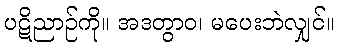
ပဋိညာဉ်ကို။ အဒတွာဝ၊ မပေးဘဲလျှင်။